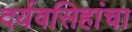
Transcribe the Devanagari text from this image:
दर्यवसिहांचा